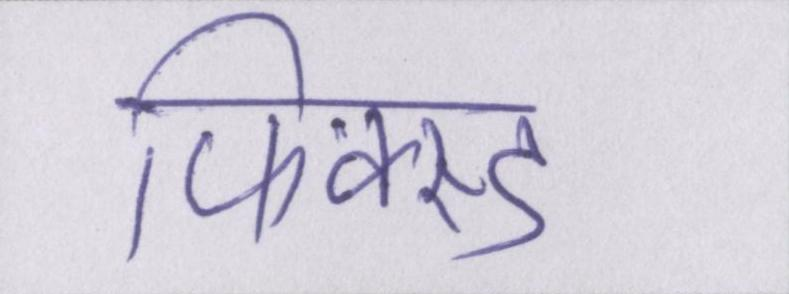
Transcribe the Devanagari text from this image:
फिक्स्ड